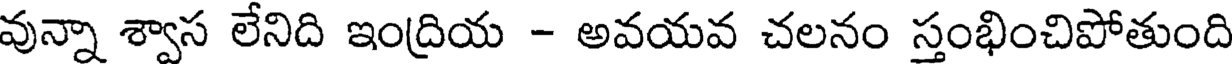
వున్నా శ్వాస లేనిది ఇంద్రియ - అవయవ చలనం స్తంభించిపోతుంది